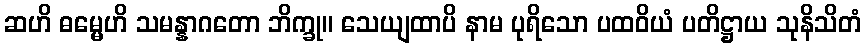
ဆဟိ ဓမ္မေဟိ သမန္နာဂတော ဘိက္ခု။ သေယျထာပိ နာမ ပုရိသော ပထဝိယံ ပတိဋ္ဌာယ သုနိသိတံ